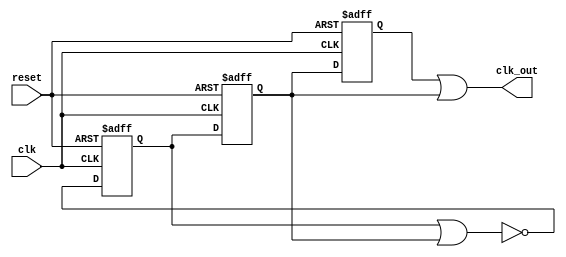
module clk_div3 (clk,reset,clk_out);

input clk,reset;
output clk_out;

reg qa,qb,qc;

always @(posedge clk or negedge reset) begin

//Counter counts modulo 3 (1--->4--->2--->1)

    if (!reset) begin
        qa <= 1'b0;
        qb <= 1'b0;
        qc <= 1'b0;
    end

    else begin
        qa <= ~(qa|qb);
        qb <= qa;
        qc <= qb;
    end
    
end

assign clk_out = qc | qb;
    
endmodule